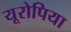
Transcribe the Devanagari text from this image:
यूरोपिया